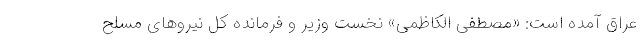
عراق آمده است: «مصطفی الکاظمی» نخست وزیر و فرمانده کل نیروهای مسلح